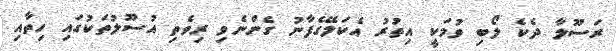
ރަސޫލާ ދެކެ ލޯބި ވުމަކީ އިތުރު އެކަލޭގެފާނު ގެންނެވި ރިވެތި އުސޫލުތަކުގައި ހިތާއި